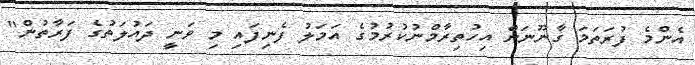
އެންމެ ފުރަތަމަ ގާނޫނަށް އިހުތިރާމްނުކުރުމުގެ އަމަލު ފެނިފައި މި ވަނީ ދައުލަތުގެ ފަރާތުން"